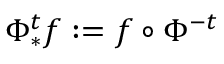
\Phi _ { * } ^ { t } f : = f \circ \Phi ^ { - t }